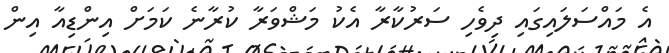
އެ މައްސަލައިގައި ދިވެހި ސަރުކާރާ އެކު މަޝްވަރާ ކުރާނެ ކަމަށް އިންޑިއާ އިން